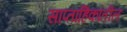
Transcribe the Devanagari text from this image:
साप्ताहिकांतील